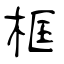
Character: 框